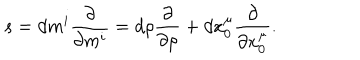
LaTeX: s = d m ^ { i } { \frac { \partial } { \partial m ^ { i } } } = d \rho { \frac { \partial } { \partial \rho } } + d x _ { 0 } ^ { \mu } { \frac { \partial } { \partial x _ { 0 } ^ { \mu } } } .